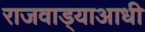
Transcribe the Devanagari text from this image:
राजवाड्याआधी